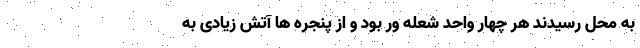
به محل رسیدند هر چهار واحد شعله ور بود و از پنجره ها آتش زیادی به